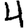
Digit: 4